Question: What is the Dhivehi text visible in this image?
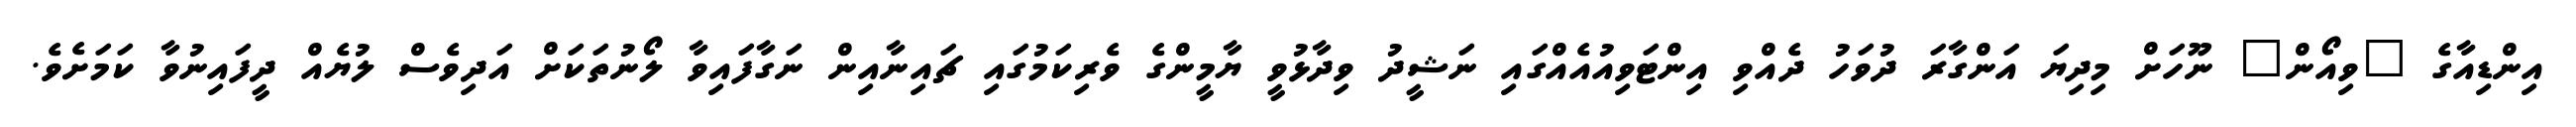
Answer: އިންޑިއާގެ "ވިއޯން" ނޫހަށް މިދިޔަ އަންގާރަ ދުވަހު ދެއްވި އިންޓަވިއުއެއްގައި ނަޝީދު ވިދާޅުވީ ޔާމީންގެ ވެރިކަމުގައި ޗައިނާއިން ނަގާފައިވާ ލޯނުތަކަށް އަދިވެސް ލުޔެއް ދީފައިނުވާ ކަމަށެވެ.